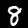
Label: 8